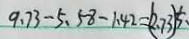
9 . 7 3 - 5 . 5 8 - 1 . 4 2 = ( 2 . 7 3 ) 5 、